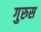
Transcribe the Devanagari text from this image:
गुरुस